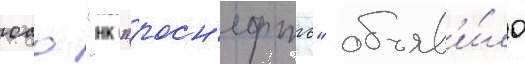
оао "нк "росн'ефть" объяв'и́ло